Report of the Municipal Commissioner on the plague in Bombay for the year ending 31st May... - Volume 3
Disease focus: Plague
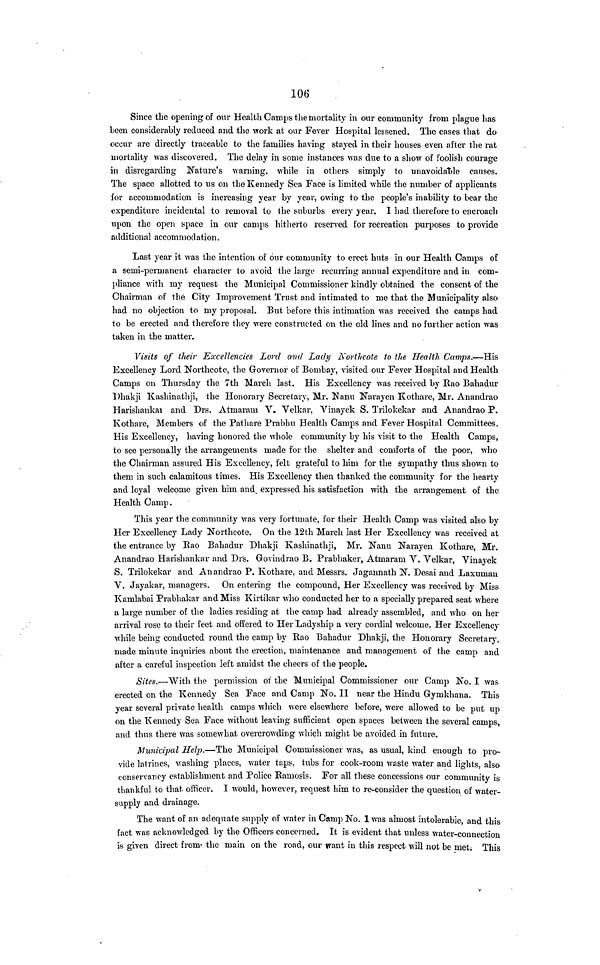
106
Since the opening of our Health Camps the mortality in our community from plague has
been considerably reduced and the work at our Fever Hospital lessened. The cases that do
occur are directly traceable to the families having stayed in their houses even after the rat
mortality was discovered. The delay in some instances was due to a show of foolish courage
in disregarding Nature's warning, while in others simply to unavoidable causes.
The space allotted to us on the Kennedy Sea Face is limited while the number of applicants
for accommodation is increasing year by year, owing to the people's inability to bear the
expenditure incidental to removal to the suburbs every year. I had therefore to encroach
upon the open space in our camps hitherto reserved for recreation purposes to provide
additional accommodation.
Last year it was the intention of our community to erect huts in our Health Camps of
a semi-permanent character to avoid the large recurring annual expenditure and in com-
pliance with my request the Municipal Commissioner kindly obtained the consent of the
Chairman of the City Improvement Trust and intimated to me that the Municipality also
had no objection to my proposal. But before this intimation was received the camps had
to be erected and therefore they were constructed on the old lines and no further action was
taken in the matter.
Visits of their Excellencies Lord and Lady Northcote to the Health Camps.—His
Excellency Lord Northcote, the Governor of Bombay, visited our Fever Hospital and Health
Camps on Thursday the 7th March last. His Excellency was received by Rao Bahadur
Dhakji Kashinathji, the Honorary Secretary, Mr. Nanu Narayen Kothare, Mr. Anandrao
Harishankar and Drs. Atmaram V. Velkar, Vinayek S. Trilokekar and Anandrao P.
Kothare, Members of the Pathare Prabhu Health Camps and Fever Hospital Committees.
His Excellency, having honored the whole community by his visit to the Health Camps,
to see personally the arrangements made for the shelter and comforts of the poor, who
the Chairman assured His Excellency, felt grateful to him for the sympathy thus shown to
them in such calamitous times. His Excellency then thanked the community for the hearty
and loyal welcome given him and expressed his satisfaction with the arrangement of the
Health Camp.
This year the community was very fortunate, for their Health Camp was visited also by
Her Excellency Lady Northcote. On the 12th March last Her Excellency was received at
the entrance by Rao Bahadur Dhakji Kashinathji, Mr. Nanu Narayen Kothare, Mr.
Anandrao Harishankar and Drs. Govindrao B. Prabhaker, Atmaram V. Velkar, Vinayek
S. Trilokekar and Anandrao P. Kothare. and Messrs. Jagannath N. Desai and Laxuman
V. Jayakar, managers. On entering the compound, Her Excellency was received by Miss
Kamlabai Prabhakar and Miss Kirtikar who conducted her to a specially prepared seat where
a large number of the ladies residing at the camp had already assembled, and who on her
arrival rose to their feet and offered to Her Ladyship a very cordial welcome. Her Excellency
while being conducted round the camp by Rao Bahadur Dhakji, the Honorary Secretary,
made minute inquiries about the erection, maintenance and management of the camp and
after a careful inspection left amidst the cheers of the people.
Sites.—With the permission of the Municipal Commissioner our Camp No. I was
erected on the Kennedy Sea Face and Camp No. II near the Hindu Gymkhana. This
year several private health camps which were elsewhere before, were allowed to be put up
on the Kennedy Sea Face without leaving sufficient open spaces between the several camps,
and thus there was somewhat overcrowding which might be avoided in future.
Municipal Help.—The Municipal Commissioner was, as usual, kind enough to pro-
vide latrines, washing places, water taps, tubs for cook-room waste water and lights, also
conservancy establishment and Police Ramosis. For all these concessions our community is
thankful to that officer. I would, however, request him to re-consider the question of water-
supply and drainage.
The want of an adequate supply of water in Camp No. 1 was almost intolerable, and this
fact was acknowledged by the Officers concerned. It is evident that unless water-connection
is given direct from the main on the road, our want in this respect will not be met. This